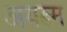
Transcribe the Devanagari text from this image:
अयरूम